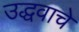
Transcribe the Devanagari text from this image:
उद्धवाचे